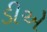
ડીએ